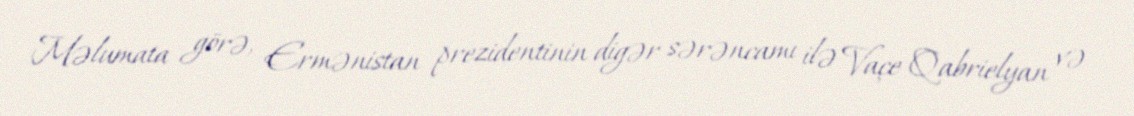
Məlumata görə, Ermənistan prezidentinin digər sərəncamı ilə Vaçe Qabrielyan və